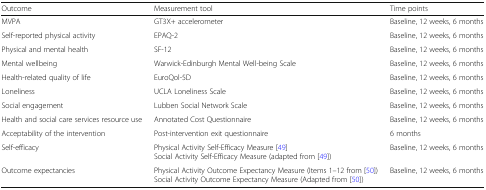
<table><thead><tr><td><b>Outcome</b></td><td><b>Measurement tool</b></td><td><b>Time points</b></td></tr></thead><tbody><tr><td>MVPA</td><td>GT3X+ accelerometer</td><td>Baseline, 12 weeks, 6 months</td></tr><tr><td>Self-reported physical activity</td><td>EPAQ-2</td><td>Baseline, 12 weeks, 6 months</td></tr><tr><td>Physical and mental health</td><td>SF-12</td><td>Baseline, 12 weeks, 6 months</td></tr><tr><td>Mental wellbeing</td><td>Warwick-Edinburgh Mental Well-being Scale</td><td>Baseline, 12 weeks, 6 months</td></tr><tr><td>Health-related quality of life</td><td>EuroQol-5D</td><td>Baseline, 12 weeks, 6 months</td></tr><tr><td>Loneliness</td><td>UCLA Loneliness Scale</td><td>Baseline, 12 weeks, 6 months</td></tr><tr><td>Social engagement</td><td>Lubben Social Network Scale</td><td>Baseline, 12 weeks, 6 months</td></tr><tr><td>Health and social care services resource use</td><td>Annotated Cost Questionnaire</td><td>Baseline, 12 weeks, 6 months</td></tr><tr><td>Acceptability of the intervention</td><td>Post-intervention exit questionnaire</td><td>6 months</td></tr><tr><td>Self-efficacy</td><td>Physical Activity Self-Efficacy Measure [49]Social Activity Self-Efficacy Measure (adapted from [49])</td><td>Baseline, 12 weeks, 6 months</td></tr><tr><td>Outcome expectancies</td><td>Physical Activity Outcome Expectancy Measure (Items 1–12 from [50])Social Activity Outcome Expectancy Measure (Adapted from [50])</td><td>Baseline, 12 weeks, 6 months</td></tr></tbody></table>